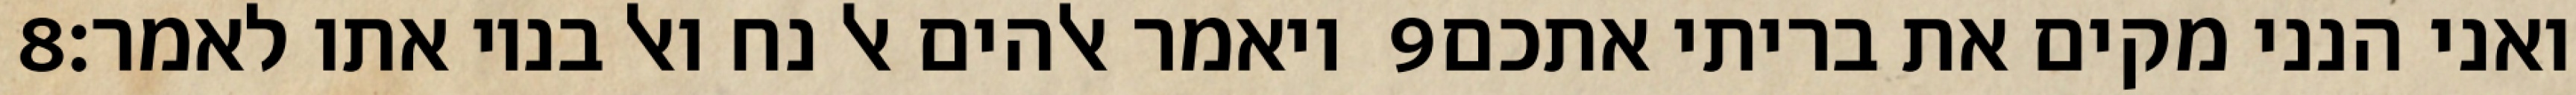
‎8‏ ויאמר אלהים אל נח ואל בניו אתו לאמר׃ ‎9‏ ואני הנני מקים את בריתי אתכם